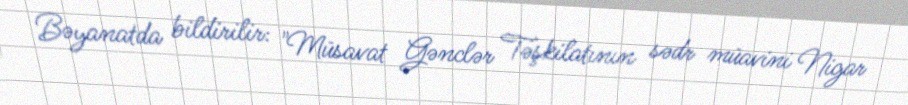
Bəyanatda bildirilir: "Müsavat Gənclər Təşkilatının sədr müavini Nigar